Vaccination United Provinces of Agra and Oudh 1914-1922 - 1914-1922
Year: 1914
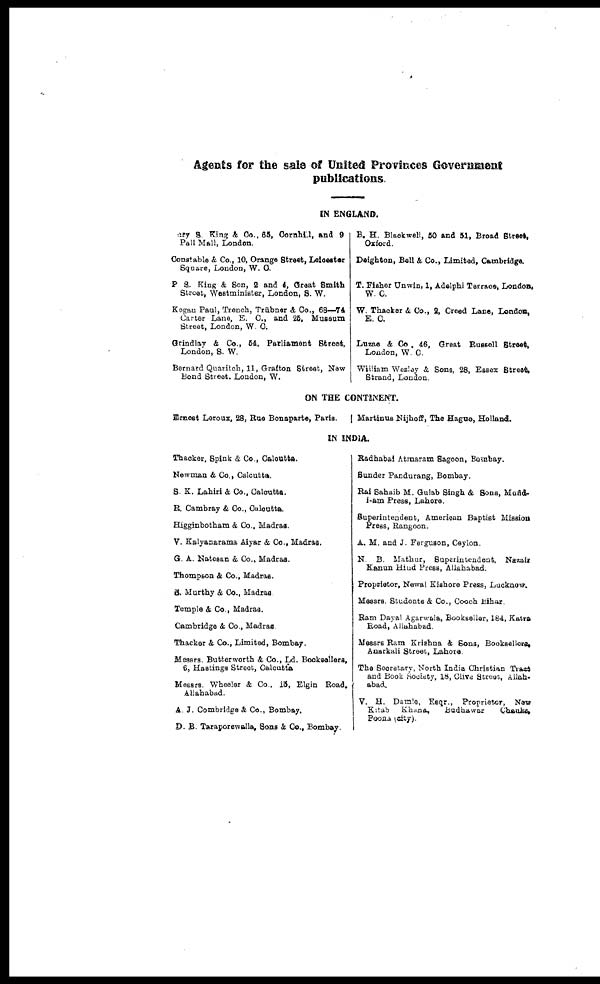
Agents for the sale of United Provinces Government
publications.
IN ENGLAND.
ary S. King & Co., 85, Cornhill, and 9
Pall Mall, London.
Constable & Co., 10, Orange Street, Leicester
Square, London, W. C.
P S. King & Son, 2 and 4, Great Smith
Street, Westminister, London, S. W.
Kegan Paul, Trench, Trübner & Co., 68—74
Carter Lane, E. C., and 25, Museum
Street, London, W. C.
Grindlay & Co., 54, Parliament Street,
London, S. W.
Bernard Quaritch, 11, Grafton Street, New
Bond Street. London, W.
B. H. Blackwell, 50 and 51, Broad Street,
Oxford.
Deighton, Bell & Co., Limited, Cambridge.
T. Fisher Unwin, 1, Adelphi Terrace, London,
W. C.
W. Thacker &, Co., 2, Creed Lane, London,
E. C.
Luzae & Co., 46, Great Russell Street,
London, W. C.
William Wesley & Sons, 28, Essex Street,
Strand, London.
ON THE CONTINENT
Ernest Leroux, 28, Rue Bonaparte, Paris.
Martinus Nijhoff, The Hague, Holland.
IN INDIA.
Thacker, Spink & Co., Calcutta.
Newman & Co., Calcutta.
S. K. Lahiri & Co., Calcutta.
R. Cambray & Co., Calcutta.
Higginbotham & Co., Madras.
V. Kalyanarama Aiyar & Co., Madras.
G. A. Natesan & Co., Madras.
Thompson & Co., Madras.
S. Murthy & Co., Madras
Temple & Co., Madras.
Cambridge & Co., Madras
Thacker & Co., Limited, Bombay.
Messrs. Butterworth & Co., Ld. Booksellers,
6, Hastings Street, Calcutta
Messrs. Wheeler & Co., 15, Elgin Road,
Allahabad.
A. J. Combridge & Co., Bombay.
D. B. Taraporewalla, Sons & Co., Bombay.
Radhabai Atmaram Sagoon, Bombay.
Sunder Pandurang, Bombay.
Rai Sahaib M. Gulab Singh & Sons, Mufid¬
i-am Press, Lahore.
Superintendent, American Baptist Mission
Press, Rangoon.
A. M. and J. Ferguson, Ceylon.
N. B. Mathur, Superintendent, Nazair
Kanun Hind Press, Allahabad.
Proprietor, Newal Kishore Press, Lucknow.
Messrs. Students & Co., Cooch Bihar.
Ram Dayal Agarwala, Bookseller, 184, Katra
Road, Allahabad.
Messrs Ram Krishna & Sons, Booksellers,
Anarkali Street, Lahore.
The Secretary, North India Christian Tract
and Book Society, 18, Clive Street, Allah-
abad.
V. H. Damle, Esqr., Proprietor, Now
Kitab
Khana,
Budhawar
Chauka.
Poona (city).